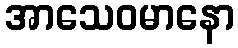
အာသေဝမာနော